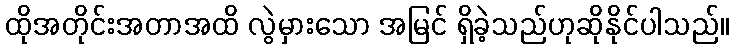
ထိုအတိုင်းအတာအထိ လွဲမှားသော အမြင် ရှိခဲ့သည်ဟုဆိုနိုင်ပါသည်။